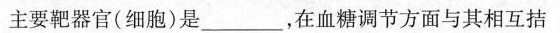
主要靶器官(细胞)是___，在血糖调节方面与其相互拮